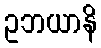
ဥဘယာနိ